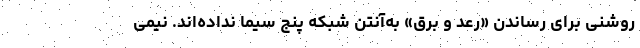
روشنی برای رساندن «رعد و برق» به‌آنتن شبکه پنج سیما نداده‌اند. نیمی